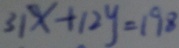
3 1 x + 1 2 y = 1 9 8